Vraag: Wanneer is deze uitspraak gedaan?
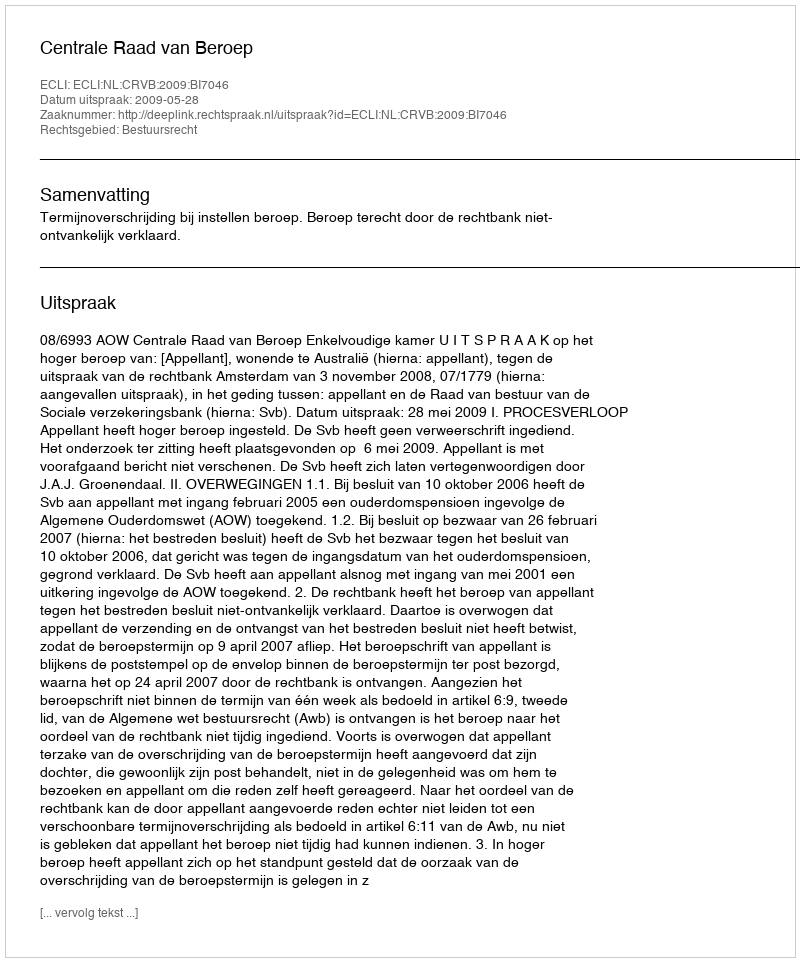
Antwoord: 2009-05-28